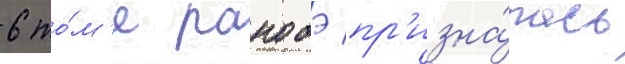
6 то́м'е ранобэ пр'изна́лась